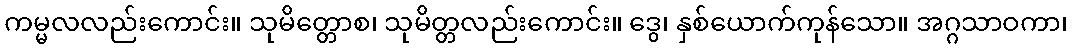
ကမ္မလလည်းကောင်း။ သုမိတ္တောစ၊ သုမိတ္တလည်းကောင်း။ ဒွေ၊ နှစ်ယောက်ကုန်သော။ အဂ္ဂသာဝကာ၊